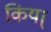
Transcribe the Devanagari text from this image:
किया्